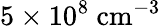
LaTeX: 5\times 10^{8}\ \mathrm{cm^{-3}}